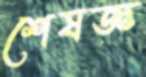
শেষজ্ঞ